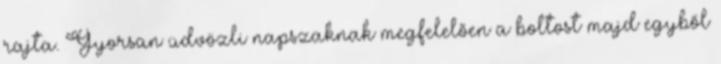
rajta. Gyorsan üdvözli napszaknak megfelelően a boltost majd egyből